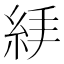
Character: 𥿙